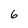
Character: 6